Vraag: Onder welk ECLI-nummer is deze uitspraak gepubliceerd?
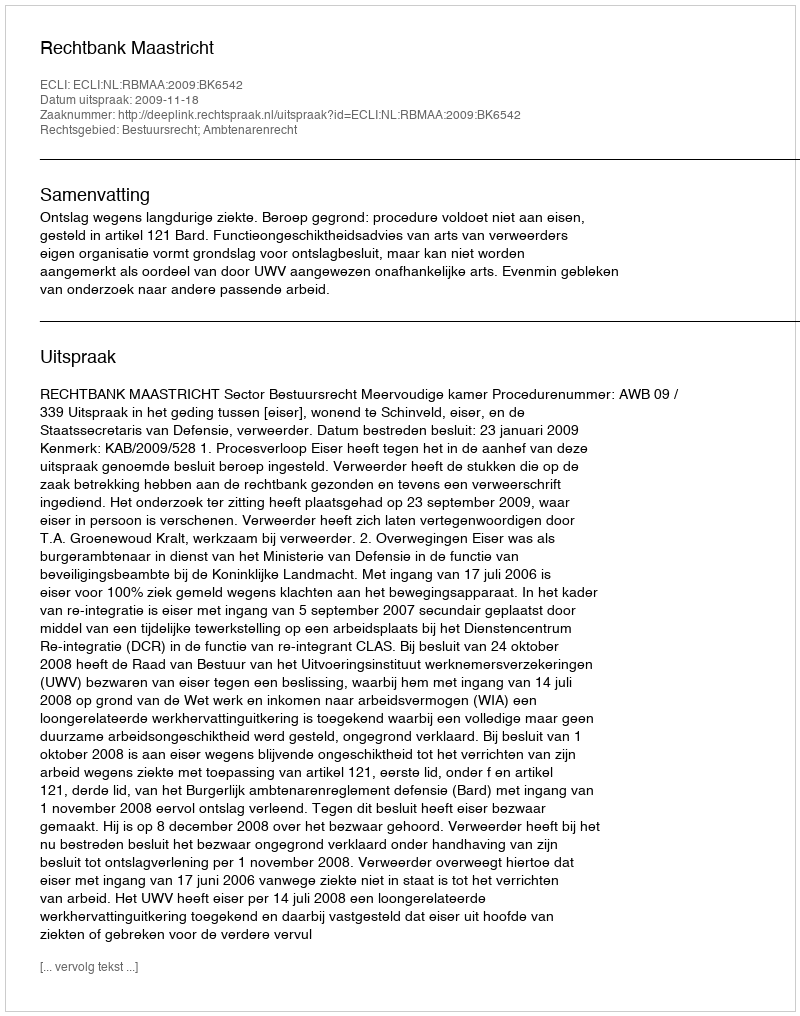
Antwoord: ECLI:NL:RBMAA:2009:BK6542